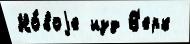
Но́воjе изд В'ерк